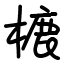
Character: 樚